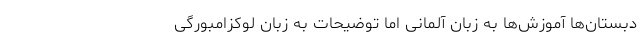
دبستان‌ها آموزش‌ها به زبان آلمانی اما توضیحات به زبان لوکزامبورگی